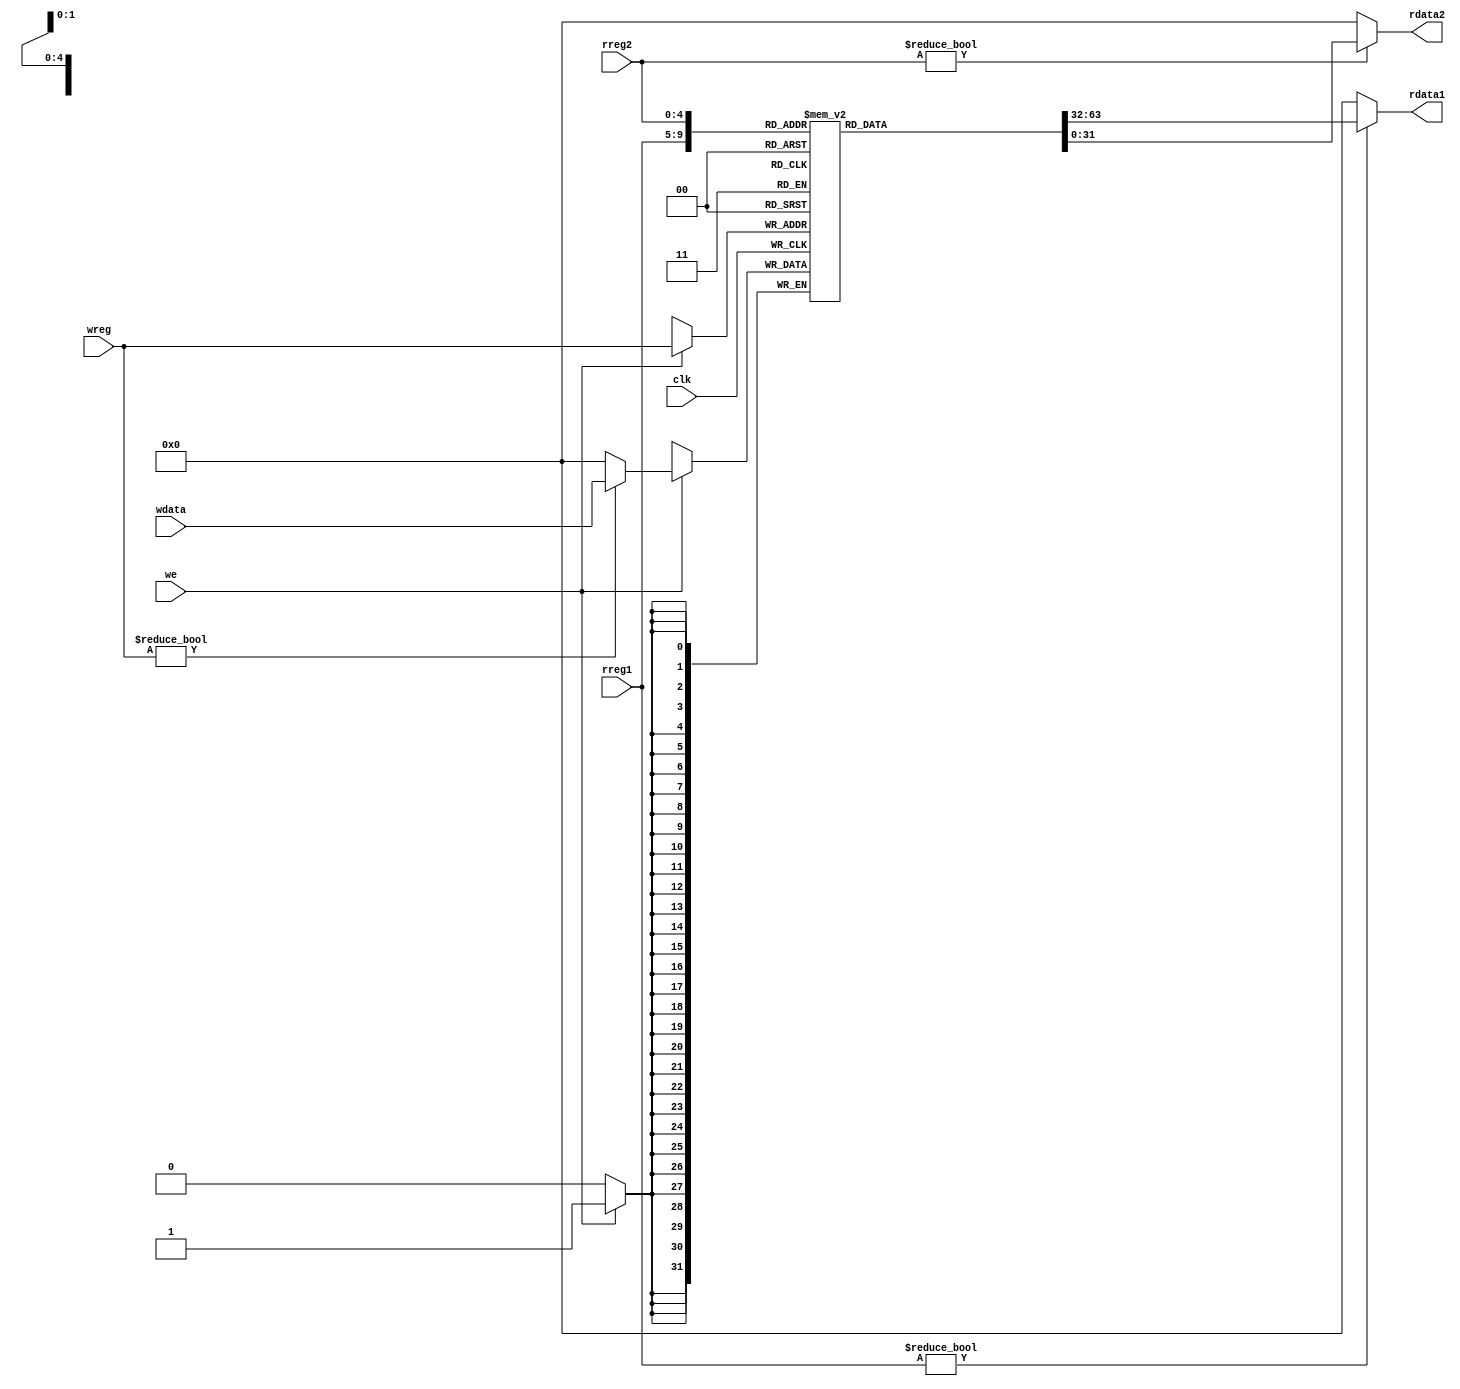
module regheap(clk, we, rreg1, rreg2, wreg, wdata, rdata1, rdata2);
	input			clk;
	input			we;
	input	[4:0]	rreg1, rreg2, wreg;
	input	[31:0]	wdata;
	output	[31:0]	rdata1, rdata2;
	
	reg 	[31:0]	rh[31:0];

	initial begin
		// Set all registers to 0
		rh[0]  = 32'b0000_0000_0000_0000_0000_0000_0000_0000;
		rh[1]  = 32'b0000_0000_0000_0000_0000_0000_0000_0000;
		rh[2]  = 32'b0000_0000_0000_0000_0000_0000_0000_0000;
		rh[3]  = 32'b0000_0000_0000_0000_0000_0000_0000_0000;
		rh[4]  = 32'b0000_0000_0000_0000_0000_0000_0000_0000;
		rh[5]  = 32'b0000_0000_0000_0000_0000_0000_0000_0000;
		rh[6]  = 32'b0000_0000_0000_0000_0000_0000_0000_0000;
		rh[7]  = 32'b0000_0000_0000_0000_0000_0000_0000_0000;
		rh[8]  = 32'b0000_0000_0000_0000_0000_0000_0000_0000;
		rh[9]  = 32'b0000_0000_0000_0000_0000_0000_0000_0000;
		rh[10] = 32'b0000_0000_0000_0000_0000_0000_0000_0000;
		rh[11] = 32'b0000_0000_0000_0000_0000_0000_0000_0000;
		rh[12] = 32'b0000_0000_0000_0000_0000_0000_0000_0000;
		rh[13] = 32'b0000_0000_0000_0000_0000_0000_0000_0000;
		rh[14] = 32'b0000_0000_0000_0000_0000_0000_0000_0000;
		rh[15] = 32'b0000_0000_0000_0000_0000_0000_0000_0000;
		rh[16] = 32'b0000_0000_0000_0000_0000_0000_0000_0000;
		rh[17] = 32'b0000_0000_0000_0000_0000_0000_0000_0000;
		rh[18] = 32'b0000_0000_0000_0000_0000_0000_0000_0000;
		rh[19] = 32'b0000_0000_0000_0000_0000_0000_0000_0000;
		rh[20] = 32'b0000_0000_0000_0000_0000_0000_0000_0000;
		rh[21] = 32'b0000_0000_0000_0000_0000_0000_0000_0000;
		rh[22] = 32'b0000_0000_0000_0000_0000_0000_0000_0000;
		rh[23] = 32'b0000_0000_0000_0000_0000_0000_0000_0000;
		rh[24] = 32'b0000_0000_0000_0000_0000_0000_0000_0000;
		rh[25] = 32'b0000_0000_0000_0000_0000_0000_0000_0000;
		rh[26] = 32'b0000_0000_0000_0000_0000_0000_0000_0000;
		rh[27] = 32'b0000_0000_0000_0000_0000_0000_0000_0000;
		rh[28] = 32'b0000_0000_0000_0000_0000_0000_0000_0000;
		rh[29] = 32'b0000_0000_0000_0000_0000_0000_0000_0000;
		rh[30] = 32'b0000_0000_0000_0000_0000_0000_0000_0000;
		rh[31] = 32'b0000_0000_0000_0000_0000_0000_0000_0000;
	end

	always @(posedge clk) begin
		if (we) begin
			rh[wreg] <= (wreg != 0)? wdata:0;
		end
	end
	
	assign rdata1 = (rreg1 != 0)? rh[rreg1]:0;
	assign rdata2 = (rreg2 != 0)? rh[rreg2]:0;
endmodule